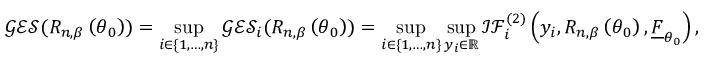
\mathcal { G E S } ( R _ { n , \beta } \left( \boldsymbol { \theta } _ { 0 } \right) ) = \operatorname* { s u p } _ { i \in \{ 1 , \ldots , n \} } \mathcal { G E S } _ { i } ( R _ { n , \beta } \left( \boldsymbol { \theta } _ { 0 } \right) ) = \operatorname* { s u p } _ { i \in \{ 1 , \ldots , n \} } \operatorname* { s u p } _ { y _ { i } \in \mathbb { R } } \mathcal { I F } _ { i } ^ { ( 2 ) } \left( y _ { i } , R _ { n , \beta } \left( \boldsymbol { \theta } _ { 0 } \right) , \underline { { F } } _ { \boldsymbol { \theta } _ { 0 } } \right) ,